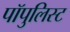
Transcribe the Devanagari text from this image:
पॉपुलिस्ट